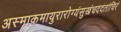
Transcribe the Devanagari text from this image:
अस्माकमायुरारोग्यंसुखंचददतांचिरं